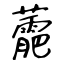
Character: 蘎